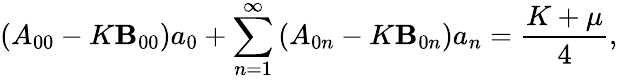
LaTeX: \left(A_{00}-K\mathbf{B}_{00}\right)a_{0}+\sum_{n=1}^{\infty}\left(A_{0n}-K\mathbf{B}_{0n}\right)a_{n}=\frac{{K+\mu}}{{4}},